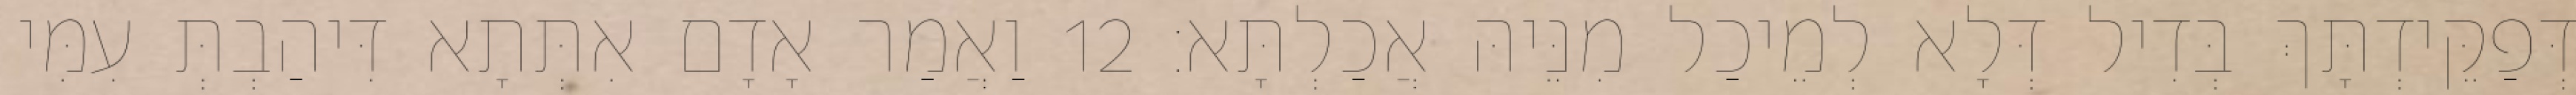
דְּפַקֵּידְתָּךְ בְּדִיל דְּלָא לְמֵיכַל מִנֵּיהּ אֲכַלְתָּא׃ 12 וַאֲמַר אָדָם אִתְּתָא דִּיהַבְתְּ עִמִּי